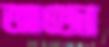
আজো